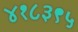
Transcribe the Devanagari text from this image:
४१८३९५